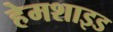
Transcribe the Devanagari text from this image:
हेमशाइड